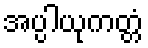
အပ္ပါယုကတ္တံ